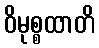
ဝိမုစ္စထာတိ